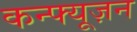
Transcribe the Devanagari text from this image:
कन्फ्यूज़न